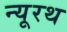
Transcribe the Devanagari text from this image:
न्यूरथ